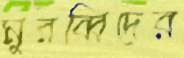
মুরব্বিদের